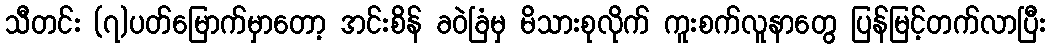
သီတင်း (၇)ပတ်မြောက်မှာတော့ အင်းစိန် ခဝဲခြံမှ မိသားစုလိုက် ကူးစက်လူနာတွေ ပြန်မြင့်တက်လာပြီး